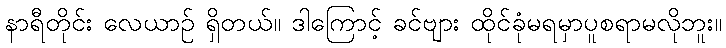
နာရီတိုင်း လေယာဉ် ရှိတယ်။ ဒါကြောင့် ခင်ဗျား ထိုင်ခုံမရမှာပူစရာမလိုဘူး။